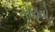
તાણતો